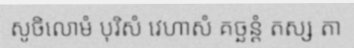
សូចិលោមំ បុរិសំ វេហាសំ គច្ឆន្តំ តស្ស តា